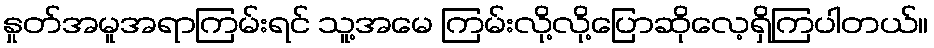
နှုတ်အမူအရာကြမ်းရင် သူ့အမေ ကြမ်းလို့လို့ပြောဆိုလေ့ရှိကြပါတယ်။